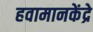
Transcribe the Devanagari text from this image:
हवामानकेंद्रे